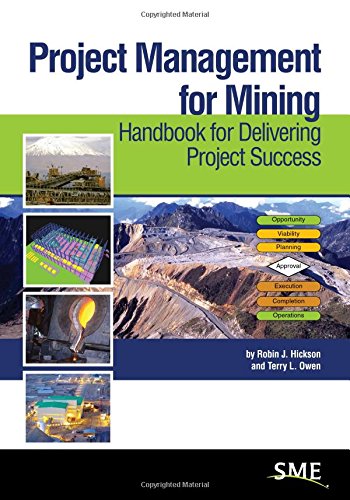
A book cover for Project Management for Mining: Handbook for Delivering Project Success; Robin J. Hickson; Science & Math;